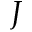
J